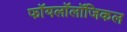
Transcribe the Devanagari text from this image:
फॉयलॉलॉजिकल